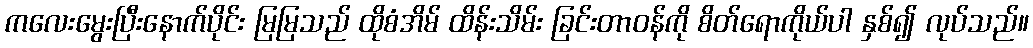
ကလေးမွေးပြီးနောက်ပိုင်း မြမြသည် ထိုစံအိမ် ထိန်းသိမ်း ခြင်းတာဝန်ကို စိတ်ရောကိုယ်ပါ နှစ်၍ လုပ်သည်။